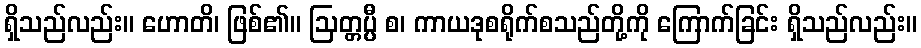
ရှိသည်လည်း။ ဟောတိ၊ ဖြစ်၏။ ဩတ္တပ္ပီ စ၊ ကာယဒုစရိုက်စသည်တို့ကို ကြောက်ခြင်း ရှိသည်လည်း။